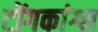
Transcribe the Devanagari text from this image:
टोंगकांग्स